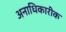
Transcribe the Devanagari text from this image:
अनाधिकारीक